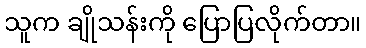
သူက ချိုသန်းကို ပြောပြလိုက်တာ။